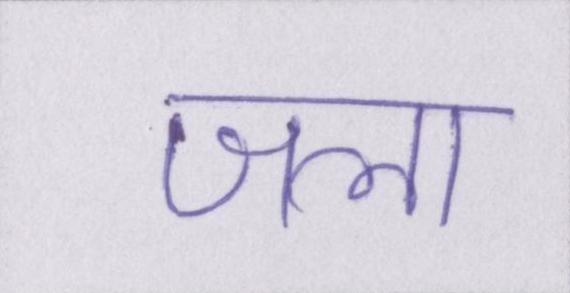
जला